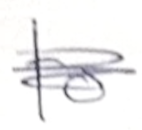
Text: to
Cross-out: scratch
Writing tool: pencil